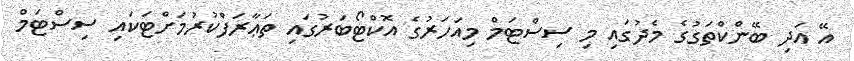
އޭ އަދި ބޭންކްތަގުގެ މެދުގައި މި ސިސްޓަމް މިއަހަރުގެ އޮކްޓޯބަރުގައި ތަޢާރަފްކުރުމަށްޓަކައި ސިސްޓަމް